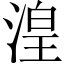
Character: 湟